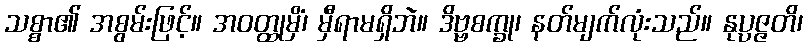
သစ္စာ၏ အစွမ်းဖြင့်။ အဝတ္ထုမှိံ၊ မှီရာမရှိဘဲ။ ဒိဗ္ဗစက္ခု၊ နတ်မျက်လုံးသည်။ နုပ္ပဇ္ဇတိ၊